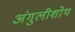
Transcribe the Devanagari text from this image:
अंगुलीशोथ